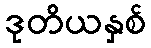
ဒုတိယနှစ်